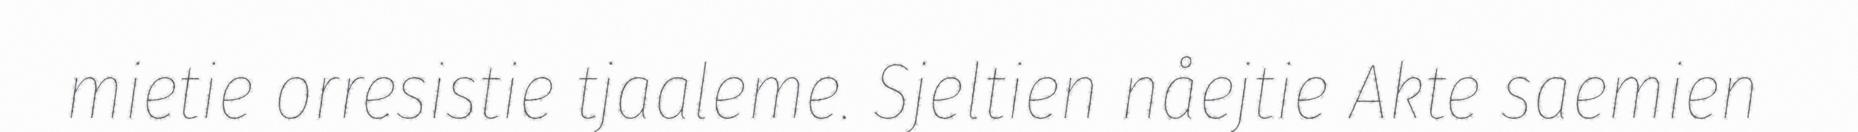
mietie orresistie tjaaleme. Sjeltien nåejtie Akte saemien